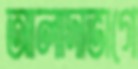
আলাদাভাগে